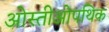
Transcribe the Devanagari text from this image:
ओस्तीओपथिक